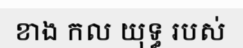
ខាង កល យុទ្ធ របស់